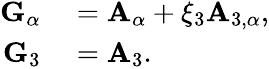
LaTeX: \begin{array}{rl}{{\mathbf{G}}_{\alpha}}&{{}={\mathbf{A}}_{\alpha}+\xi_{3}{\mathbf{A}}_{3,\alpha},}\\ {{\mathbf{G}}_{3}}&{{}={\mathbf{A}}_{3}.}\end{array}